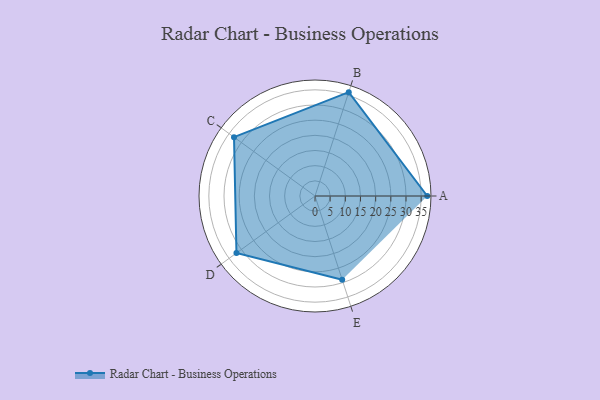
{"axis": {"x": "Skill", "y": "Score"}, "legend": ["Profile"], "data": [{"x": "A", "y": 37.0, "type": "Profile"}, {"x": "B", "y": 36.0, "type": "Profile"}, {"x": "C", "y": 33.0, "type": "Profile"}, {"x": "D", "y": 32.0, "type": "Profile"}, {"x": "E", "y": 29.0, "type": "Profile"}]}